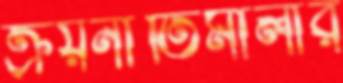
ক্রয়নীতিমালার